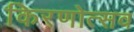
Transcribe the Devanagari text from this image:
किरणोत्सव